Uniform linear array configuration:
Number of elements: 4
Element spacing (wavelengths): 0.75
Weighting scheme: binomial
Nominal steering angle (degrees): -45
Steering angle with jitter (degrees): -43.375
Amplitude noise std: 0.05
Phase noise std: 0.05

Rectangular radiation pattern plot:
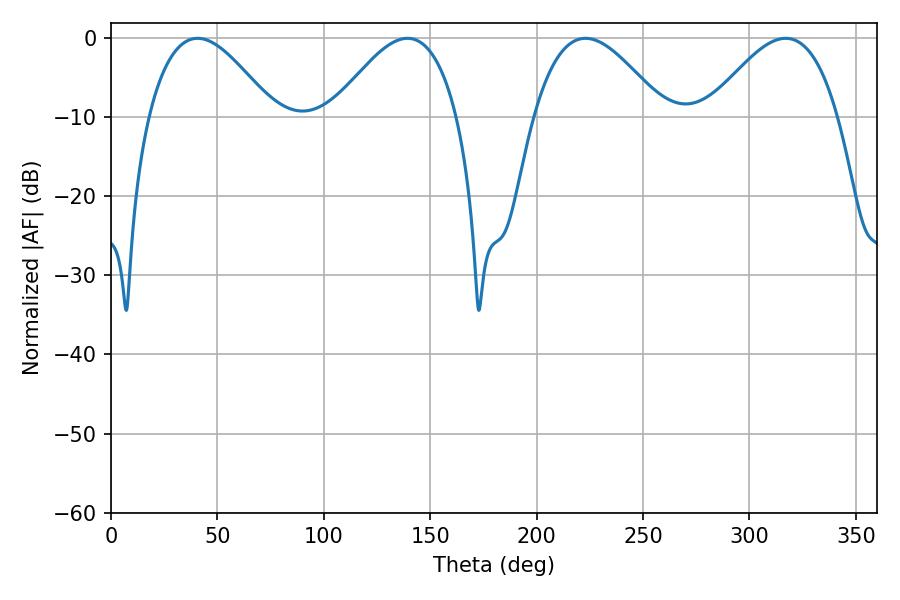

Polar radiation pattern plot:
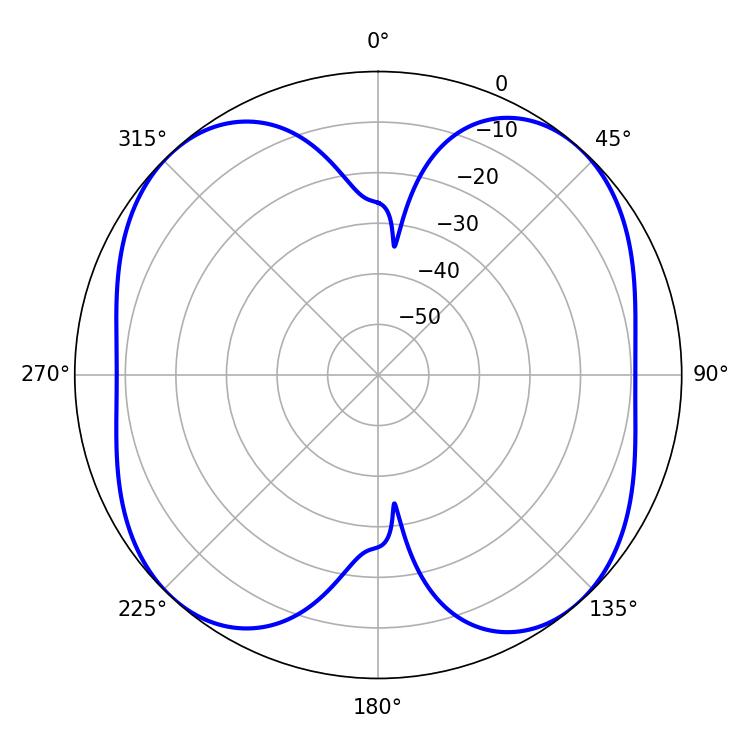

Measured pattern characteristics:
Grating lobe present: TRUE
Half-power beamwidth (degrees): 31.68
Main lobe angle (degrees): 40.68